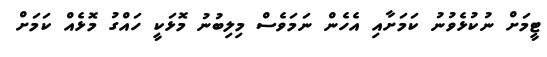
ޓީމަށް ނުކުޅެވުނު ކަމަށާއި އެހެން ނަމަވެސް މިލިބުނު މޮޅަކީ ހައްގު މޮޅެއް ކަމަށް